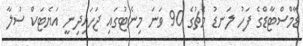
ޑާމްސްޓާޑްގެ ފަހު ލަނޑު މެޗުގެ 90 ވަނަ މިނެޓުގައި ޖަހައިދިނީ އަޔެޓަކް ސުލާ